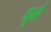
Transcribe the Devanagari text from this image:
धृतं